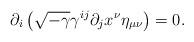
LaTeX: \begin{align*}\partial_i \left( \sqrt{-\gamma} \gamma^{ij} \partial_j x^{\nu} \eta_{\mu \nu}\right) = 0.\end{align*}